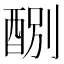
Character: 𨡊